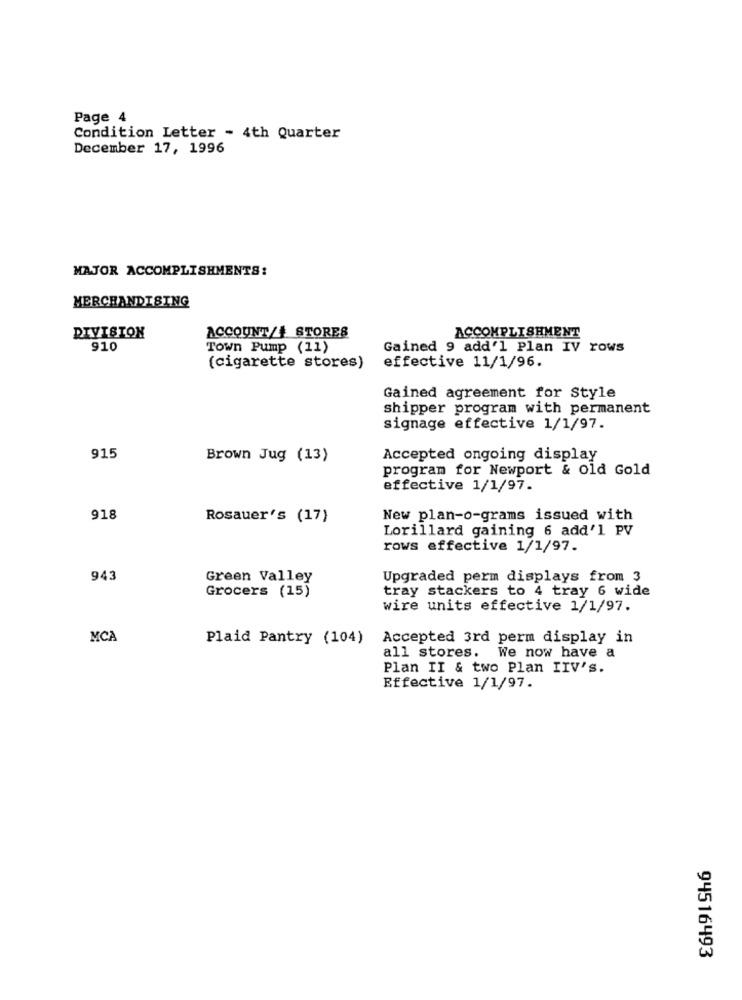
Page 4
Condition Letter - 4th Quarter
December 17, 1996
MAJOR ACCOMPLISHMENTS:
MERCHANDISING
DIVISION
ACCOUNT/4 STORES
ACCOMPLISHMENT
910
Town Pump (11)
Gained 9 add'l Plan IV rows
(cigarette stores)
effective 11/1/96.
Gained agreement for Style
shipper program with permanent
signage effective 1/1/97.
915
Brown Jug (13)
Accepted ongoing display
program for Newport & old Gold
effective 1/1/97.
918
Rosauer's (17)
New plan-o-grams issued with
Lorillard gaining 6 add'l PV
rows effective 1/1/97.
943
Green Valley
Upgraded perm displays from 3
Grocers (15)
tray stackers to 4 tray 6 wide
wire units effective 1/1/97.
MCA
Plaid Pantry (104)
Accepted 3rd perm display in
all stores. We now have a
Plan II & two Plan IIV's.
Effective 1/1/97.
94516493